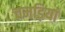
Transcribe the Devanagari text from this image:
चमड़ियां